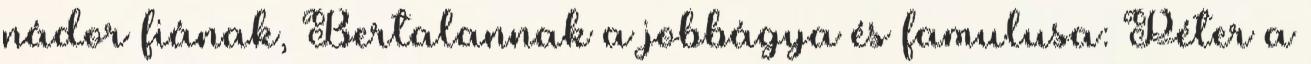
nádor fiának, Bertalannak a jobbágya és famulusa: Péter a